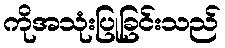
ကိုအသုံးပြုခြင်းသည်